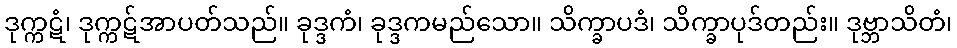
ဒုက္ကဋံ၊ ဒုက္ကဋ်အာပတ်သည်။ ခုဒ္ဒကံ၊ ခုဒ္ဒကမည်သော။ သိက္ခာပဒံ၊ သိက္ခာပုဒ်တည်း။ ဒုဗ္ဘာသိတံ၊